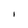
Character: I